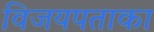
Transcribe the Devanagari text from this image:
विजयपताका